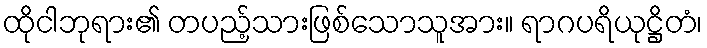
ထိုငါဘုရား၏ တပည့်သားဖြစ်သောသူအား။ ရာဂပရိယုဋ္ဌိတံ၊